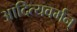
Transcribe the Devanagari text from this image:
आदित्यवर्मन्‌